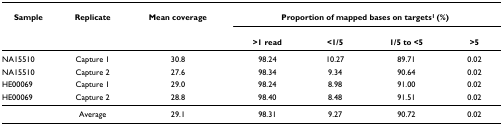
<table><thead><tr><td><b>Sample</b></td><td><b>Replicate</b></td><td><b>Mean coverage</b></td><td colspan="4"><b>Proportion of mapped bases on targets<sup>1 </sup>(%)</b></td></tr><tr><td></td><td></td><td></td><td><b>&gt;1 read</b></td><td><b>&lt;1/5</b></td><td><b>1/5 to &lt;5</b></td><td><b>&gt;5</b></td></tr></thead><tbody><tr><td>NA15510</td><td>Capture 1</td><td>30.8</td><td>98.24</td><td>10.27</td><td>89.71</td><td>0.02</td></tr><tr><td>NA15510</td><td>Capture 2</td><td>27.6</td><td>98.34</td><td>9.34</td><td>90.64</td><td>0.02</td></tr><tr><td>HE00069</td><td>Capture 1</td><td>29.0</td><td>98.24</td><td>8.98</td><td>91.00</td><td>0.02</td></tr><tr><td>HE00069</td><td>Capture 2</td><td>28.8</td><td>98.40</td><td>8.48</td><td>91.51</td><td>0.02</td></tr><tr><td></td><td>Average</td><td>29.1</td><td>98.31</td><td>9.27</td><td>90.72</td><td>0.02</td></tr></tbody></table>